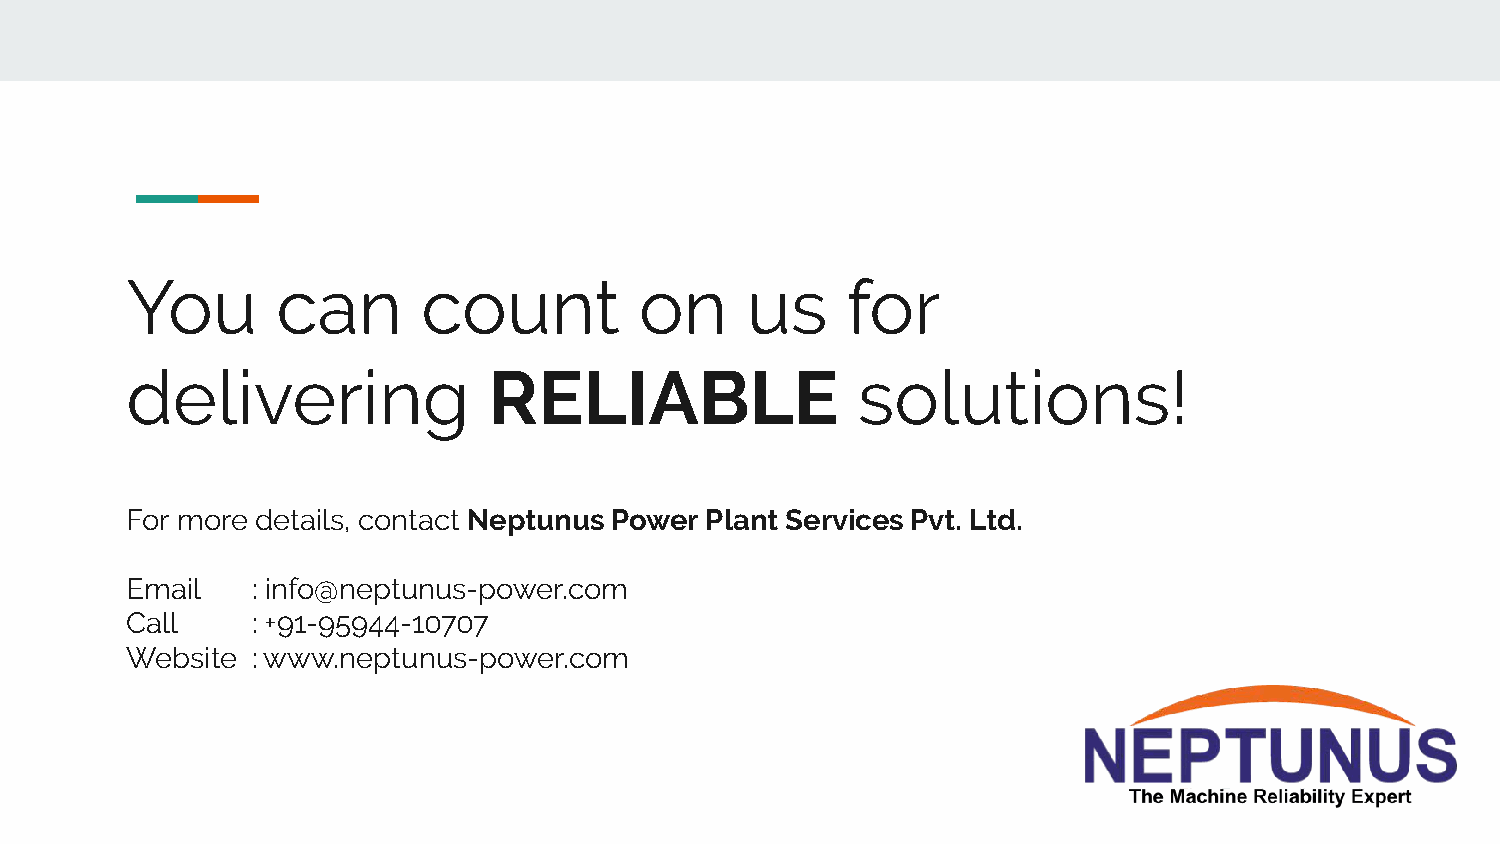
You       can       count         on     us     for
 delivering              RELIABLE                 solutions!
 For more details, contact Neptunus Power Plant Services Pvt. Ltd.
 Email    : info@neptunus-power.com
 Call     : +91-95944-10707
 Website  : www.neptunus-power.com